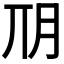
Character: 𣍣